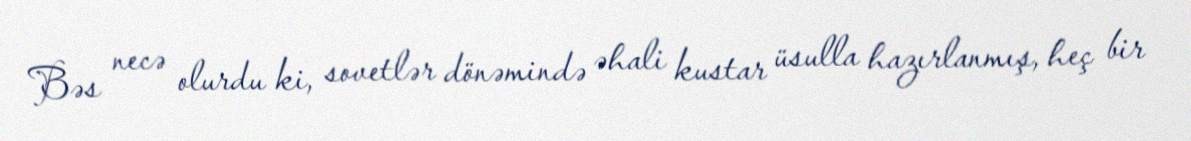
Bəs necə olurdu ki, sovetlər dönəmində əhali kustar üsulla hazırlanmış, heç bir